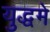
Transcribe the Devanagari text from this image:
युद्धमे